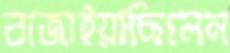
বাজাইয়াছিলেন